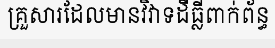
គ្រួសារដែលមានវិវាទដីធ្លីពាក់ព័ន្ធ